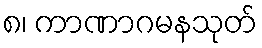
၈၊ ကာဏာဂမနသုတ်